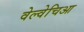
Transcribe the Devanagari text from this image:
वेल्वेचिआ